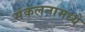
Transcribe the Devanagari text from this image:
संकलनामध्ये